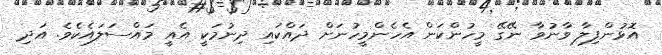
އޮޅުންފިލާ ވާނުވާ ނޭގޭ މީހުންކަން އެހެންމީހުނަށް ދައްކައި ދިނުމަކީ އެއީ މައްސަލައެކެވެ. އަދި